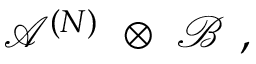
{ \mathcal A } ^ { ( N ) } \ \otimes \ { \mathcal B } \ ,